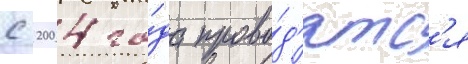
с 2004 го́да прово́д'ятс'я